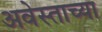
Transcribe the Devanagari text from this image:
अवेस्ताच्या